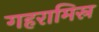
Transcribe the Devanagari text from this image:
गहरामिस्र